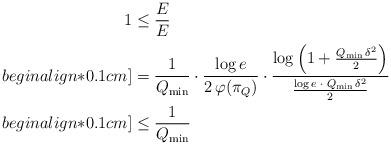
LaTeX: \begin{align*}1 & \leq \frac{E_{}}{E_{}} \\begin{align*}0.1cm]&= \frac{1}{Q_{\min}} \cdot \frac{\log e}{2 \, \varphi(\pi_Q)} \cdot\frac{\log \left(1 + \frac{Q_{\min} \, \delta^2}{2} \right)}{\frac{\log e\; \cdot \; Q_{\min} \, \delta^2}{2} } \\begin{align*}0.1cm]& \leq \frac{1}{Q_{\min}} \end{align*}